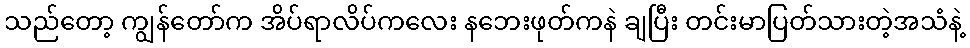
သည်တော့ ကျွန်တော်က အိပ်ရာလိပ်ကလေး နဘေးဖုတ်ကနဲ ချပြီး တင်းမာပြတ်သားတဲ့အသံနဲ့